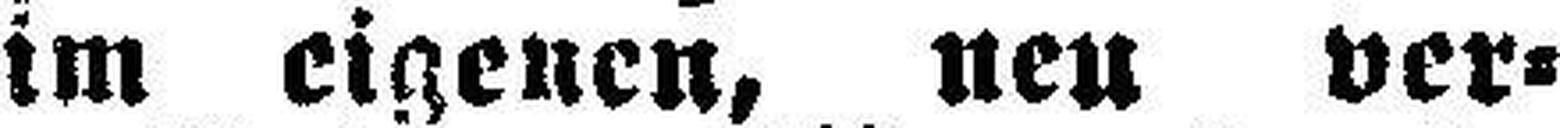
im eigenen, neu ver¬